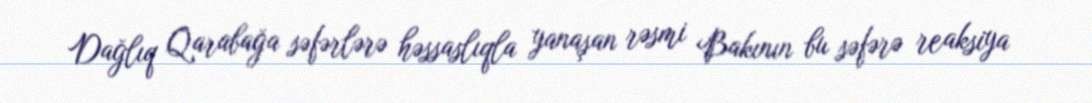
Dağlıq Qarabağa səfərlərə həssaslıqla yanaşan rəsmi Bakının bu səfərə reaksiya